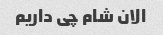
الان شام چی داریم